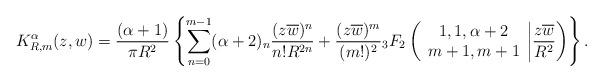
LaTeX: \begin{align*}K^{\alpha}_{R,m}(z,w) = \frac{(\alpha+1)}{\pi R^{2}}\left\{ \sum\limits_{n=0}^{m-1} (\alpha+2)_{n}\frac{(z\overline{w})^{n}}{n!R^{2n}}+ \frac{(z \overline{w})^{m}}{(m!)^{2}}{_3F_2}\left( \begin{array}{c} 1 , 1 , \alpha+2 \\ m+1 , m+1 \end{array}\bigg | \frac{z \overline{w}}{R^{2}} \right) \right\}.\end{align*}